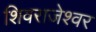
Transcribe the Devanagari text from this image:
शिवराजेश्वर